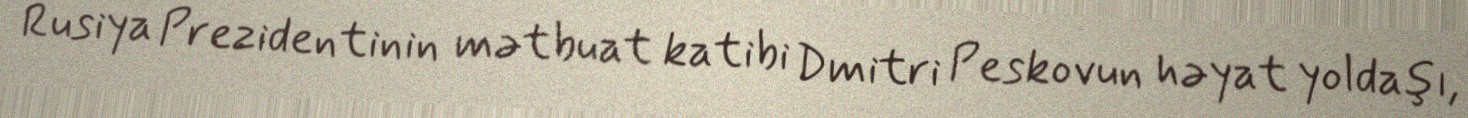
Rusiya Prezidentinin mətbuat katibi Dmitri Peskovun həyat yoldaşı,